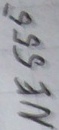
Text: NE555